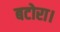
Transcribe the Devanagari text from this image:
बटोरा।